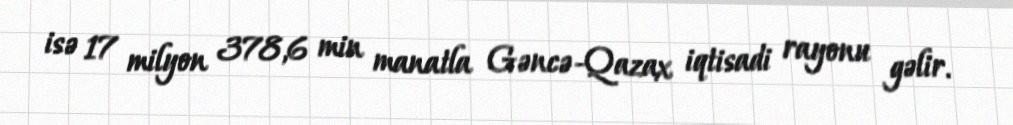
isə 17 milyon 378,6 min manatla Gəncə-Qazax iqtisadi rayonu gəlir.